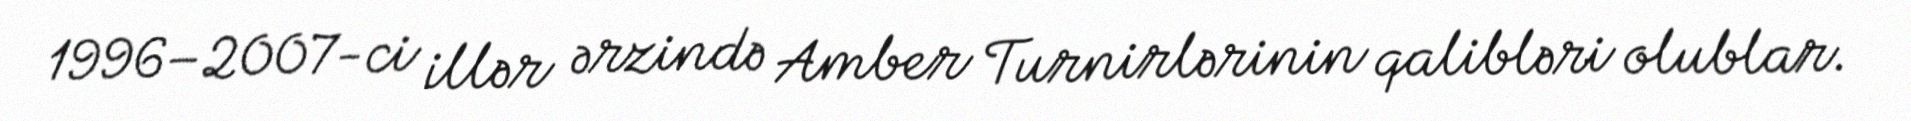
1996–2007-ci illər ərzində Amber Turnirlərinin qalibləri olublar.